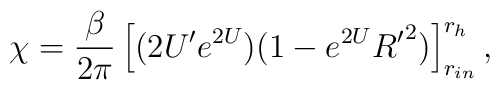
\chi={{\beta}\over{2\pi}} \left[(2 U^{\prime} e^{2U})(1-e^{2U}{R^{\prime}}^{2})\right]^{r_{h}}_{r_{in}},